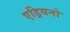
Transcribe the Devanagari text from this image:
एड्रियनो